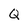
Character: Q